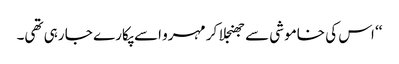
‘‘ اس کی خاموشی سے جھنجلا کر مہرو اسے پکارے جا رہی تھی۔